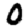
Digit: 0